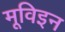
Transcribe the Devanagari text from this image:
मूविइन